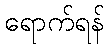
ရောက်ရန်